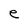
Character: e